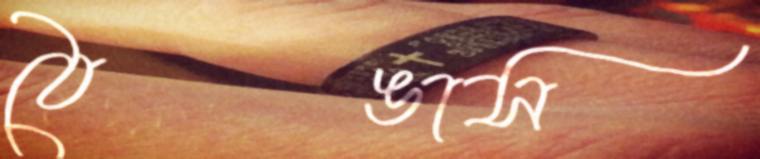
ঠেঙাস